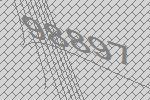
98897